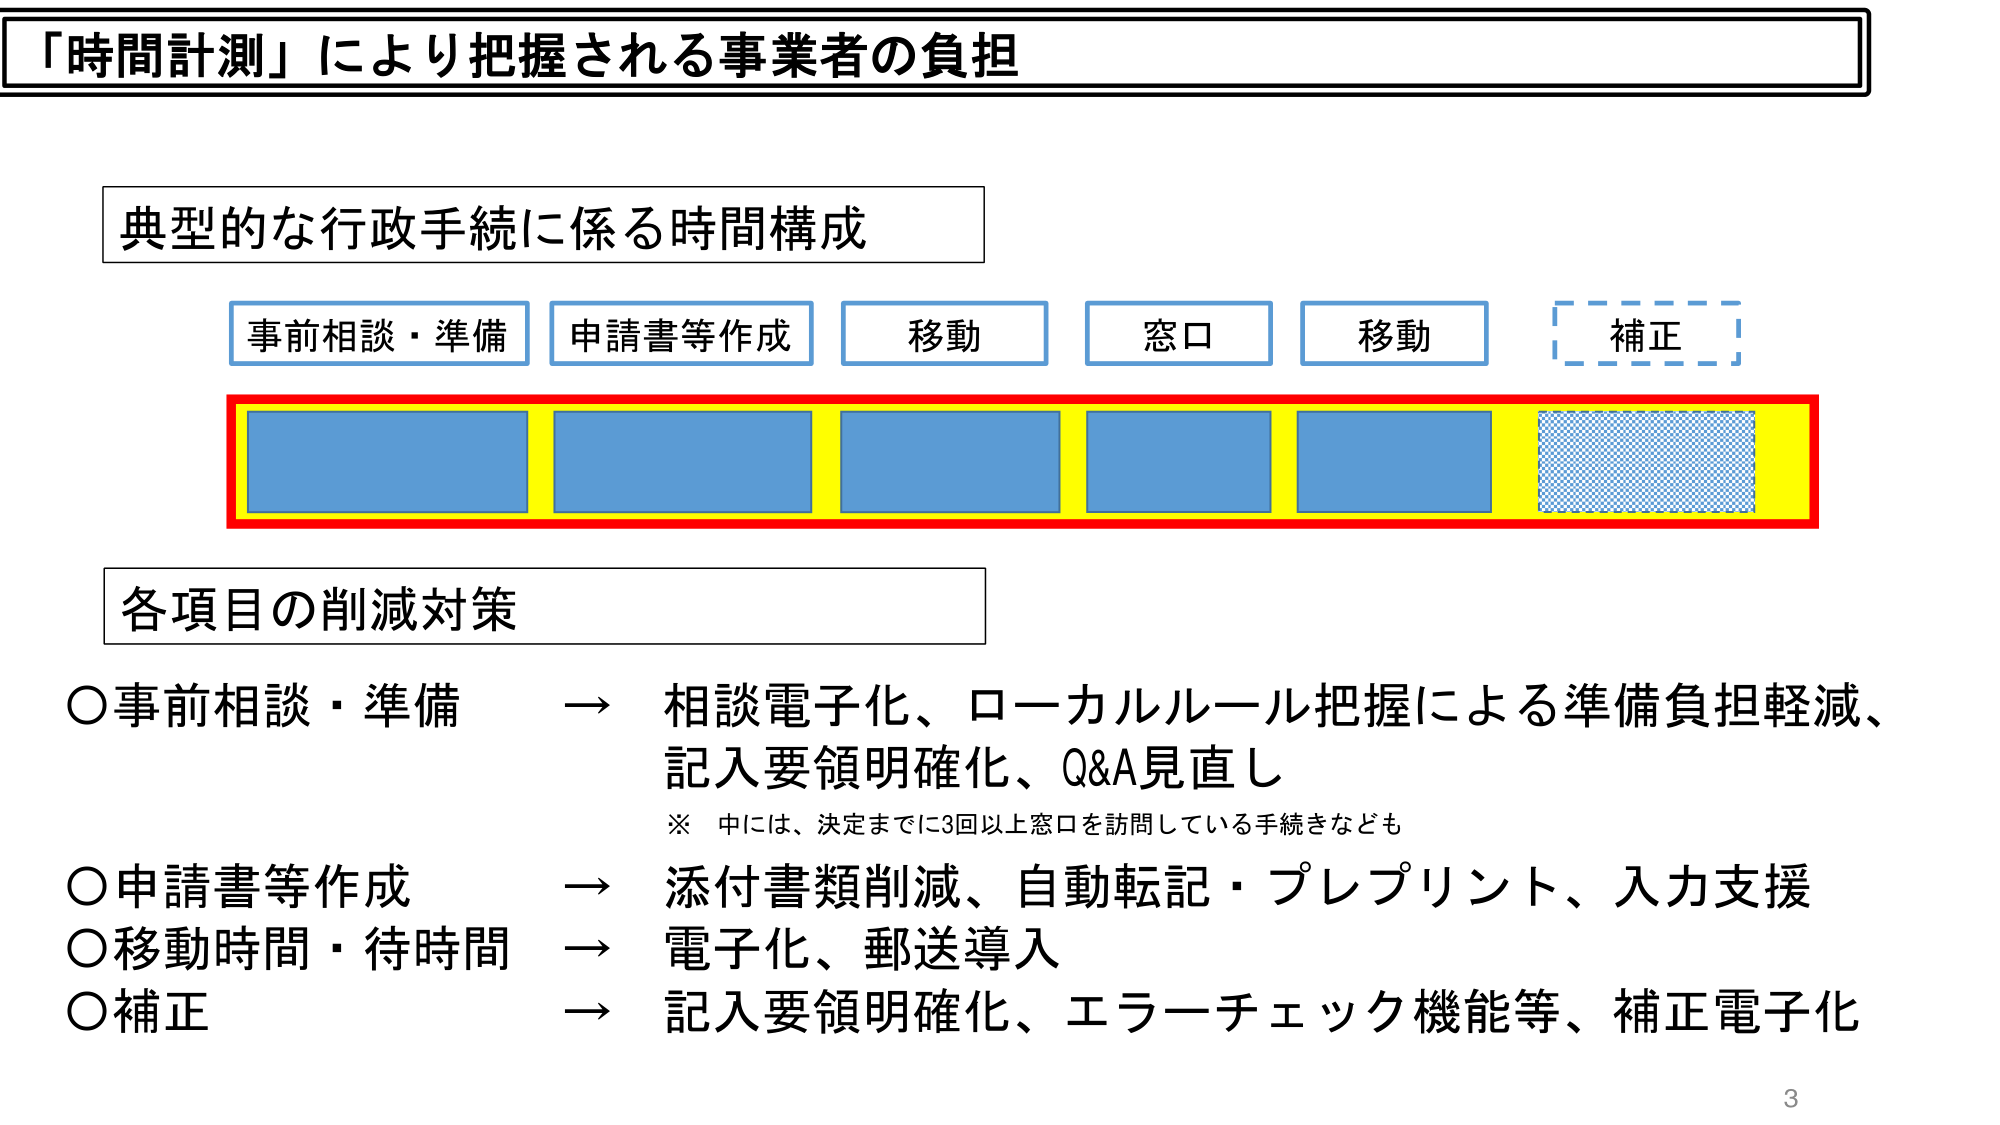
「時間計測」により把握される事業者の負担

典型的な行政手続に係る時間構成
事前相談・準備　申請書等作成　移動　窓口　移動　補正

各項目の削減対策
○事前相談・準備　→　相談電子化、ローカルルール把握による準備負担軽減、記入要領明確化、Q&A見直し
※　中には、決定までに3回以上窓口を訪問している手続きなども
○申請書等作成　→　添付書類削減、自動転記・プレプリント、入力支援
○移動時間・待時間　→　電子化、郵送導入
○補正　→　記入要領明確化、エラーチェック機能等、補正電子化

3